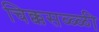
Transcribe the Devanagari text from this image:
चिक्कसळ्ळी